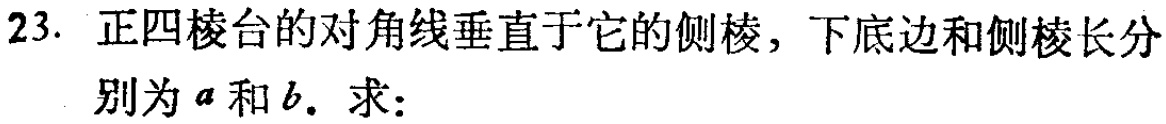
23. 正四棱台的对角线垂直于它的侧棱，下底边和侧棱长分别为\(a\)和\(b\). 求：